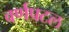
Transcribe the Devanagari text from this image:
वर्णपटल